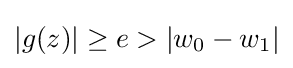
|g(z)|\geq e>|w_{0}-w_{1}|